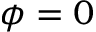
\phi = 0